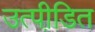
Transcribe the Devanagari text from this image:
उत्पीडि़त